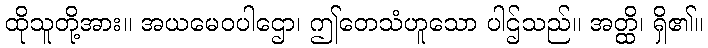
ထိုသူတို့အား။ အယမေဝပါဌော၊ ဤတေသံဟူသော ပါဌ်သည်။ အတ္ထိ၊ ရှိ၏။